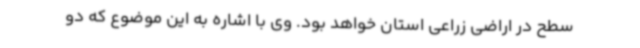
سطح در اراضی زراعی استان خواهد بود. وی با اشاره به این موضوع که دو